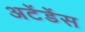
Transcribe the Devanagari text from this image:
अटेंडेंस